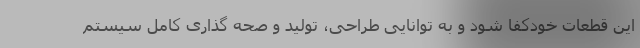
این قطعات خودکفا شود و به توانایی طراحی، تولید و صحه گذاری کامل سیستم